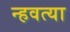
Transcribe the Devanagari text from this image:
न्हवत्या